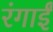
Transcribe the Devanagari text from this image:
रंगाईं